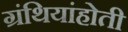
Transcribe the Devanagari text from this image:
ग्रंथियांहोती